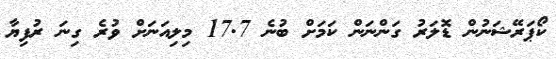
ކޯޕަރޭޝަނުން ޑޮލަރު ގަންނަން ކަމަށް ބުނެ 17.7 މިލިއަނަށް ވުރެ ގިނަ ރުފިޔާ